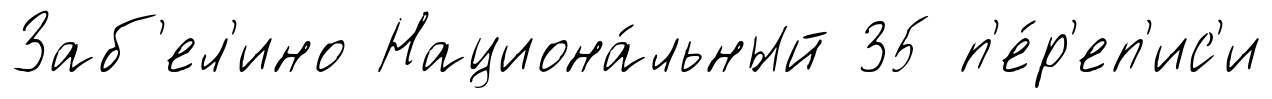
Заб'ел'ино Национа́льный 35 п'е́р'еп'ис'и